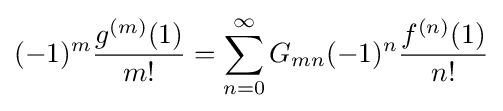
(-1)^{m}{\frac {g^{(m)}(1)}{m!}}=\sum _{n=0}^{\infty }G_{mn}(-1)^{n}{\frac {f^{(n)}(1)}{n!}}